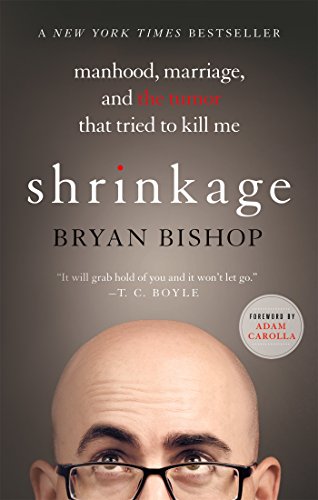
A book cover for Shrinkage: Manhood, Marriage, and the Tumor That Tried to Kill Me; Bryan Bishop; Biographies & Memoirs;